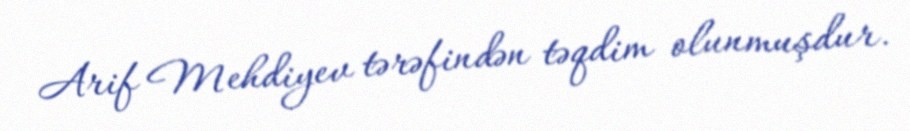
Arif Mehdiyev tərəfindən təqdim olunmuşdur.